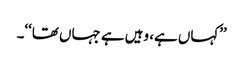
’’کہاں ہے، وہیں ہے جہاں تھا‘‘۔